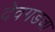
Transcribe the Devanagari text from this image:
देवगडचा